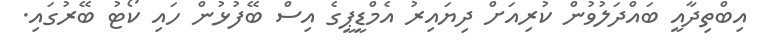
އިބްތިދާއީ ބައްދަލުވުން ކުރިއަށް ދިޔައިރު އެމްޑީޕީގެ އިސް ބޭފުޅުން ހައި ކޯޓު ބޭރުގައި.